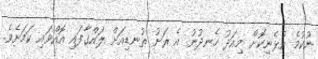
ނުކުމެ އުޅެނިކޮށް މިއަދު ހެނދުނު އެ ރަށު ތުނޑިއަށް ލައްގާފައި އޮއްވައި ކަމަށެވެ.